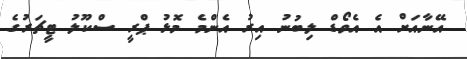
އޭނާއަށް އެ އެވޯޑް ލިބުނު އިރު އެންމެ މޮޅު ޕްރީ ސްކޫލު ޓީޗަރުގެ